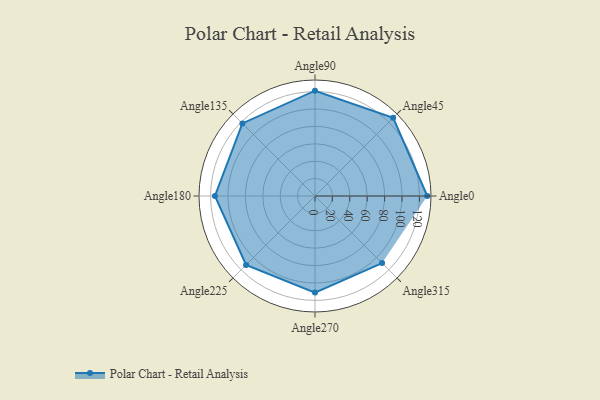
{"axis": {"x": "Angle", "y": "Radius"}, "legend": [""], "data": [{"x": "Angle0", "y": 129.0, "type": ""}, {"x": "Angle45", "y": 127.0, "type": ""}, {"x": "Angle90", "y": 121.0, "type": ""}, {"x": "Angle135", "y": 118.0, "type": ""}, {"x": "Angle180", "y": 115.0, "type": ""}, {"x": "Angle225", "y": 112.0, "type": ""}, {"x": "Angle270", "y": 111.0, "type": ""}, {"x": "Angle315", "y": 109.0, "type": ""}]}